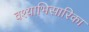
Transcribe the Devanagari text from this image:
वश्याभिसारिका